65_HS1-834228961_62-HQ-83894_Section_9
Agency: FBI
Page 245
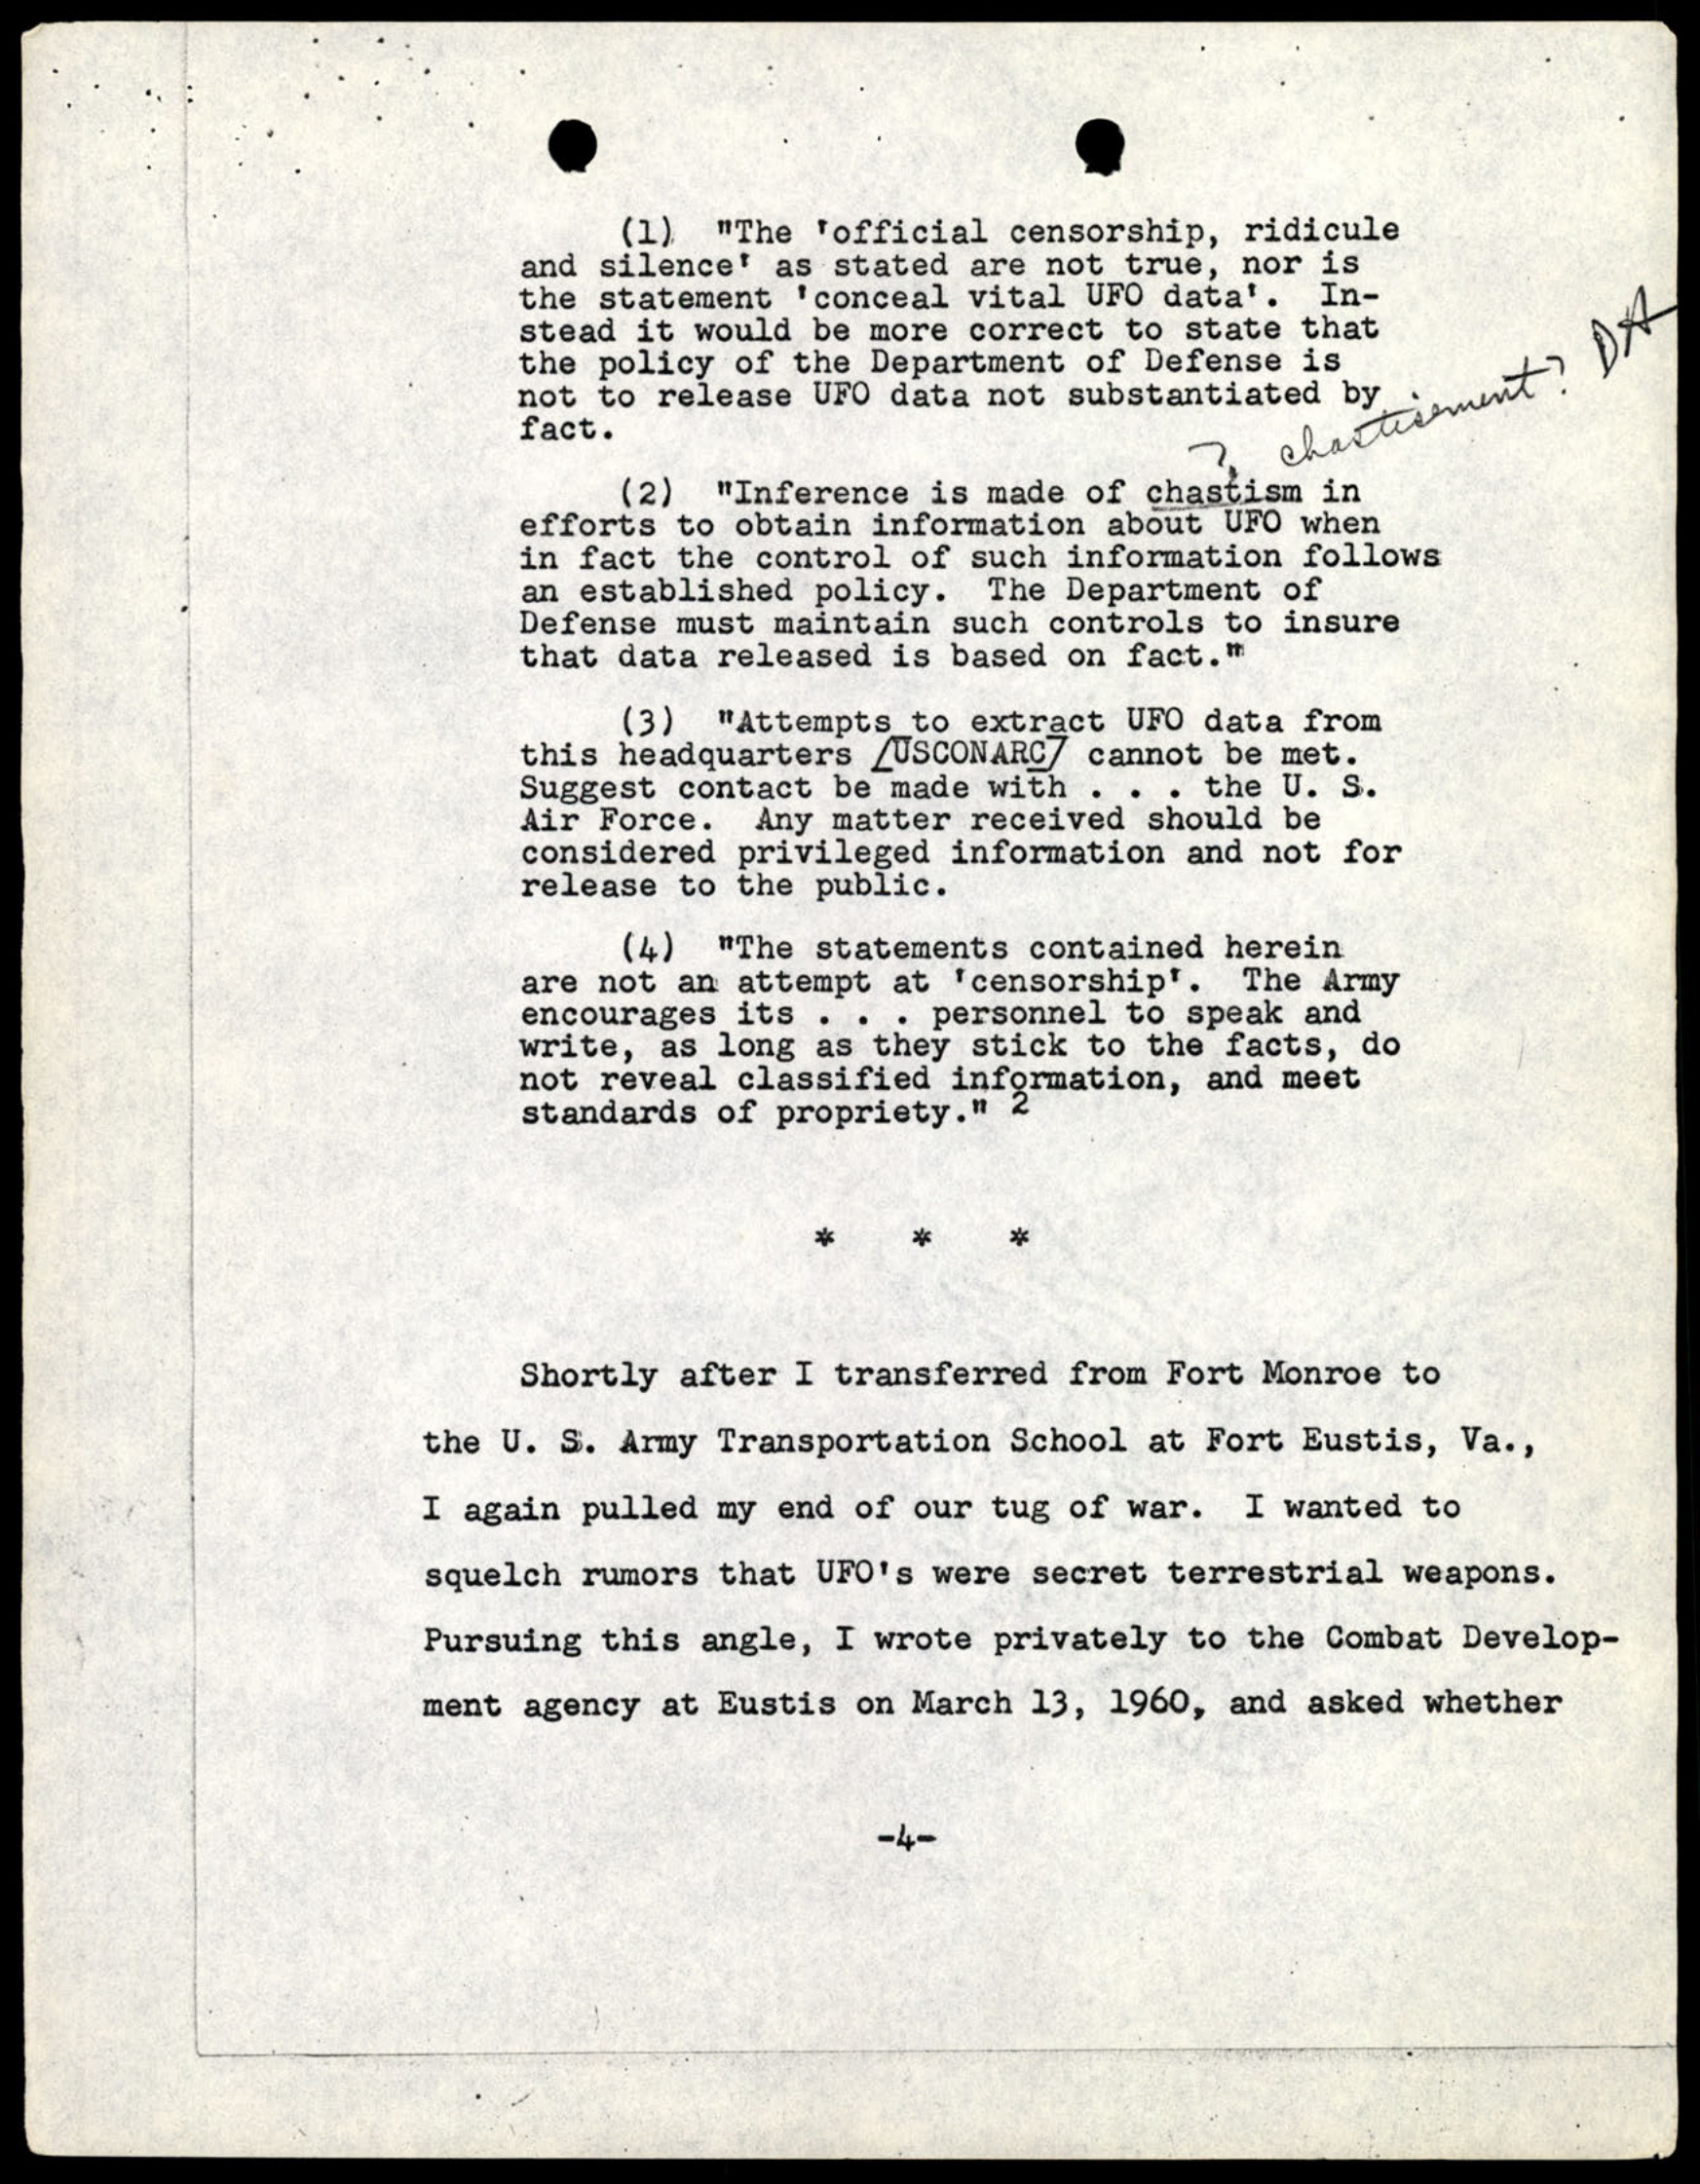